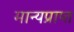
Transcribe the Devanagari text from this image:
मान्यप्राप्त